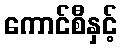
ကောင်စီနှင့်